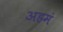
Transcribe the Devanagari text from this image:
अहमं